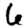
Digit: 6